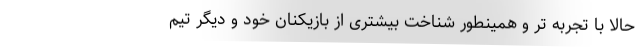
حالا با تجربه تر و همینطور شناخت بیشتری از بازیکنان خود و دیگر تیم